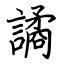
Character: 譎